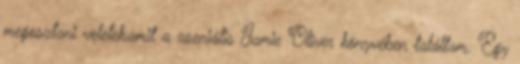
megosztani veletek,amit a zseniális Jamie Oliver könyvében találtam. Egy